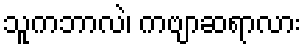
သူကဘာလဲ၊ ကဗျာဆရာလား